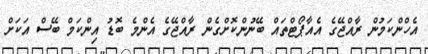
އެހްންކަމުން ރާއްޖޭގެ އެއާޕޯޓްތައް ބޭނުންކޮށްގެން ރާއްޖޭގެ އެންމެ ބޮޑު އިންކަމް ބޭސް އަކަށް